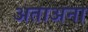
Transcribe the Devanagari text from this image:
अताअना